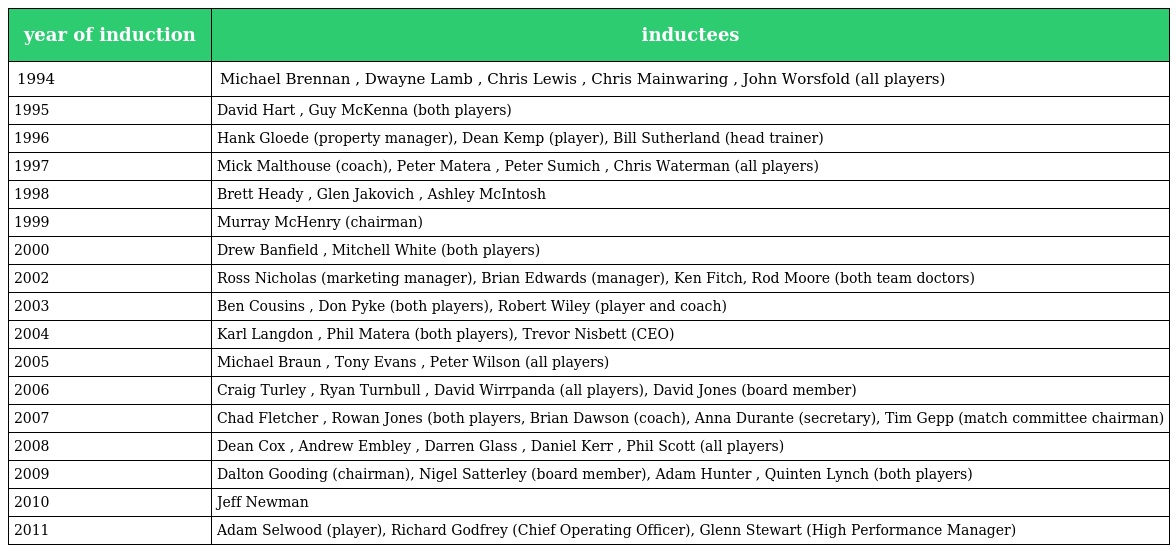
| year of induction | inductees |
 | --- | --- |
 | 1994 | Michael Brennan , Dwayne Lamb , Chris Lewis , Chris Mainwaring , John Worsfold (all players) |
 | 1995 | David Hart , Guy McKenna (both players) |
 | 1996 | Hank Gloede (property manager), Dean Kemp (player), Bill Sutherland (head trainer) |
 | 1997 | Mick Malthouse (coach), Peter Matera , Peter Sumich , Chris Waterman (all players) |
 | 1998 | Brett Heady , Glen Jakovich , Ashley McIntosh |
 | 1999 | Murray McHenry (chairman) |
 | 2000 | Drew Banfield , Mitchell White (both players) |
 | 2002 | Ross Nicholas (marketing manager), Brian Edwards (manager), Ken Fitch, Rod Moore (both team doctors) |
 | 2003 | Ben Cousins , Don Pyke (both players), Robert Wiley (player and coach) |
 | 2004 | Karl Langdon , Phil Matera (both players), Trevor Nisbett (CEO) |
 | 2005 | Michael Braun , Tony Evans , Peter Wilson (all players) |
 | 2006 | Craig Turley , Ryan Turnbull , David Wirrpanda (all players), David Jones (board member) |
 | 2007 | Chad Fletcher , Rowan Jones (both players, Brian Dawson (coach), Anna Durante (secretary), Tim Gepp (match committee chairman) |
 | 2008 | Dean Cox , Andrew Embley , Darren Glass , Daniel Kerr , Phil Scott (all players) |
 | 2009 | Dalton Gooding (chairman), Nigel Satterley (board member), Adam Hunter , Quinten Lynch (both players) |
 | 2010 | Jeff Newman |
 | 2011 | Adam Selwood (player), Richard Godfrey (Chief Operating Officer), Glenn Stewart (High Performance Manager) |